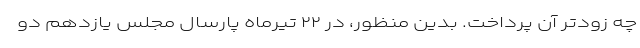
چه زودتر آن پرداخت. بدین منظور، در ۲۲ تیرماه پارسال مجلس یازدهم دو